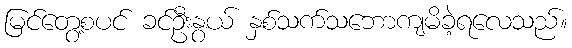
မြင်တွေ့စပင် ခင်ဦးနွယ် နှစ်သက်သဘောကျမိခဲ့ရလေသည်။